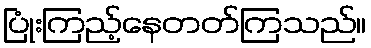
ပြုံးကြည့်နေတတ်ကြသည်။